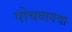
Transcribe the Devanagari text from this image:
पोचवायचा